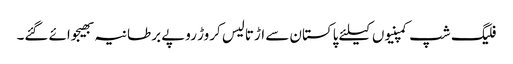
فلیگ شپ کمپنیوں کیلئے پاکستان سے اڑتالیس کروڑ روپے برطانیہ بھیجوائے گئے۔